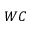
W C